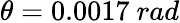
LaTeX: \theta=0.0017~rad